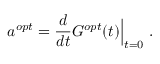
a ^ { o p t } = \frac { d } { d t } G ^ { o p t } ( t ) \Big | _ { t = 0 } \mathrm { ~ . ~ }